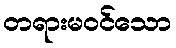
တရားမဝင်သော